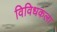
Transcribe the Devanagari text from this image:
विविधकला